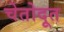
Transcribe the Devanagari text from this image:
चेतोदूत